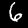
Label: 6